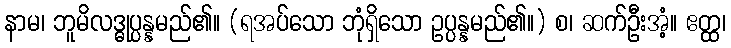
နာမ၊ ဘူမိလဒ္ဓုပ္ပန္နမည်၏။ (ရအပ်သော ဘုံရှိသော ဥပ္ပန္နမည်၏။) စ၊ ဆက်ဦးအံ့။ ဧတ္ထ၊